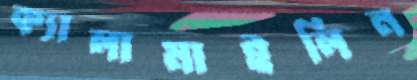
ক্যালামাইলিন